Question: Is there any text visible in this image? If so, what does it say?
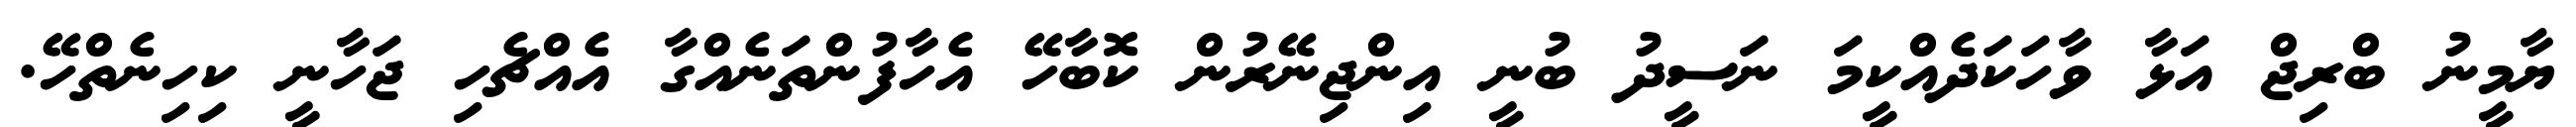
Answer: ޔާމީނު ބްރިޖް އަޅާ ވާހަކަދެއްކީމަ ނަސީދު ބުނީ އިންޖިނޭރުން ކޮބާހޭ އެހާފުންތަނެއްގާ އެއްޗެހި ޖަހާނީ ކިހިނެތްހޭ.